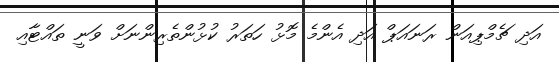
އަދި ޗެމްޕިއަން ރަނައަޕް އަދި އެންމެ މޮޅު ހަތަރު ކުޅުންތެރިންނަށް ވަނީ ތައްޓާއި